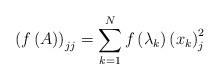
LaTeX: \begin{align*}\left( f\left( A\right) \right) _{jj}=\sum_{k=1}^{N}f\left( \lambda_{k}\right) \left( x_{k}\right) _{j}^{2}\end{align*}